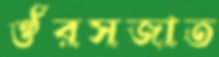
ঔরসজাত